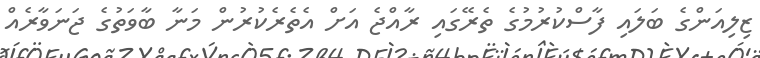
ޒިލިއަންގެ ބަލައި ފާސްކުރުމުގެ ތެރޭގައި ރާއްޖެ އަށް އެތެރެކުރުން މަނާ ބާވަތުގެ ޖަނަވާރެއް